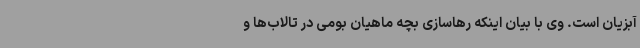
آبزیان است. وی با بیان اینکه رهاسازی بچه ماهیان بومی در تالاب‌ها و